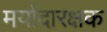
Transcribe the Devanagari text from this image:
मर्यादारक्षक